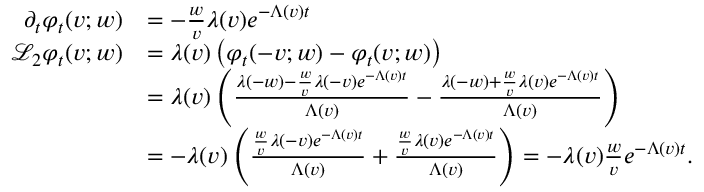
\begin{array} { r l } { \partial _ { t } \varphi _ { t } ( v ; w ) } & { = - \frac { w } { v } \lambda ( v ) e ^ { - \Lambda ( v ) t } } \\ { \mathcal { L } _ { 2 } \varphi _ { t } ( v ; w ) } & { = \lambda ( v ) \left( \varphi _ { t } ( - v ; w ) - \varphi _ { t } ( v ; w ) \right) } \\ & { = \lambda ( v ) \left( \frac { \lambda ( - w ) - \frac { w } { v } \lambda ( - v ) e ^ { - \Lambda ( v ) t } } { \Lambda ( v ) } - \frac { \lambda ( - w ) + \frac { w } { v } \lambda ( v ) e ^ { - \Lambda ( v ) t } } { \Lambda ( v ) } \right) } \\ & { = - \lambda ( v ) \left( \frac { \frac { w } { v } \lambda ( - v ) e ^ { - \Lambda ( v ) t } } { \Lambda ( v ) } + \frac { \frac { w } { v } \lambda ( v ) e ^ { - \Lambda ( v ) t } } { \Lambda ( v ) } \right) = - \lambda ( v ) \frac { w } { v } e ^ { - \Lambda ( v ) t } . } \end{array}